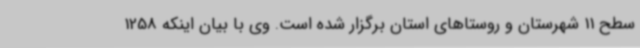
سطح 11 شهرستان و روستاهای استان برگزار شده است. وی با بیان اینکه 1258